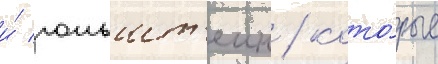
и́ гольшт'еин / кото́рые